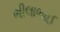
ભીલાભાઈ